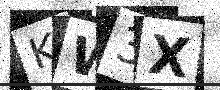
Text: KW3X